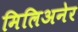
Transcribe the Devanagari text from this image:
मिलिअनेर